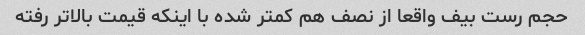
حجم رست بیف واقعا از نصف هم کمتر شده با اینکه قیمت بالاتر رفته